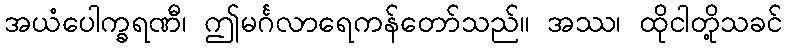
အယံပေါက္ခရဏီ၊ ဤမင်္ဂလာရေကန်တော်သည်။ အဿ၊ ထိုငါတို့သခင်